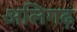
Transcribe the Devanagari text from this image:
अलिगढ़